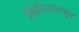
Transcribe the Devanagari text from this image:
क्षितिजापासून